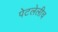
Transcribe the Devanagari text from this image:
पेटलेलीच